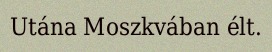
Utána Moszkvában élt.